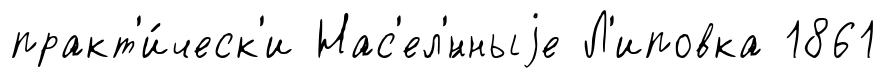
практ'и́ческ'и Нас'ел'́нныjе Л'иповка 1861